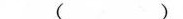
( )